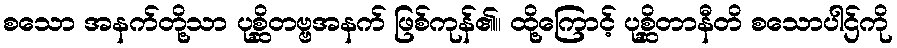
စသော အနက်တို့သာ ပုစ္ဆိတဗ္ဗအနက် ဖြစ်ကုန်၏။ ထို့ကြောင့် ပုစ္ဆိတာနီတိ စသောပါဌ်ကို